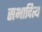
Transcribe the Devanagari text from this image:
सभादित्य